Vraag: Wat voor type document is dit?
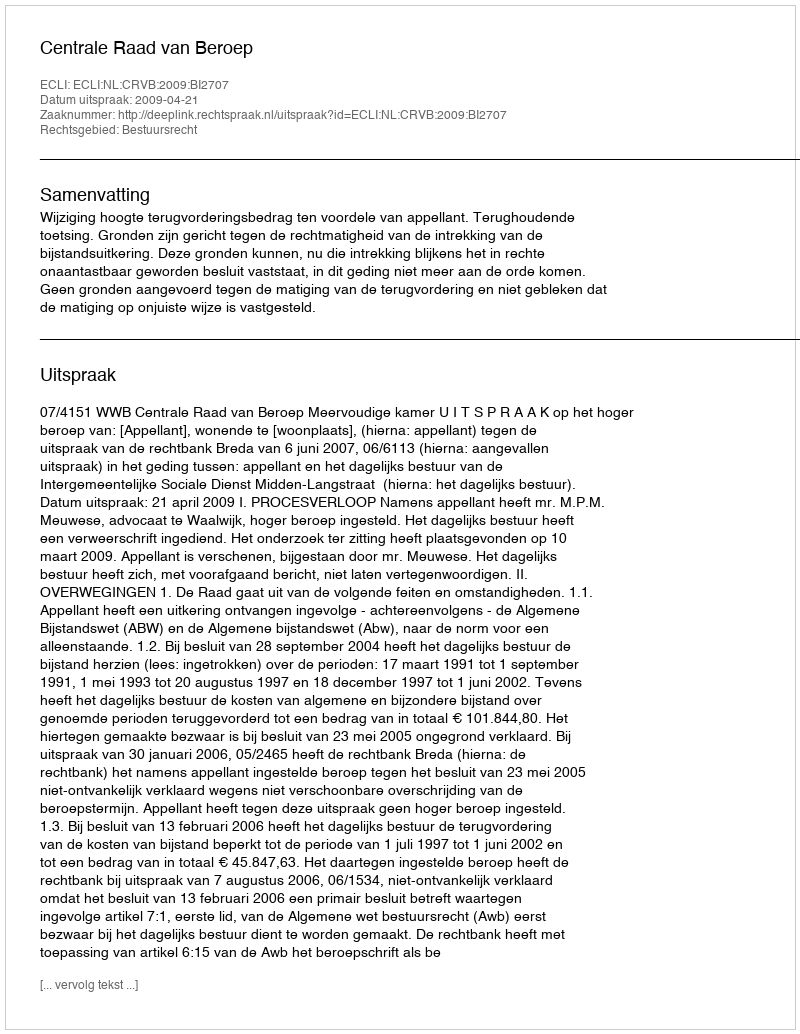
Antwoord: Uitspraak